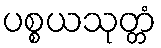
ပစ္စယသုတ္တံ